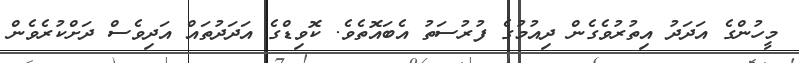
މީހުންގެ އަދަދު އިތުރުވެގެން ދިއުމުގެ ފުރުސަތު އެބައޮތެވެ. ކޮވިޑްގެ އަދަދުތައް އަދިވެސް ދަށްކުރެވެން